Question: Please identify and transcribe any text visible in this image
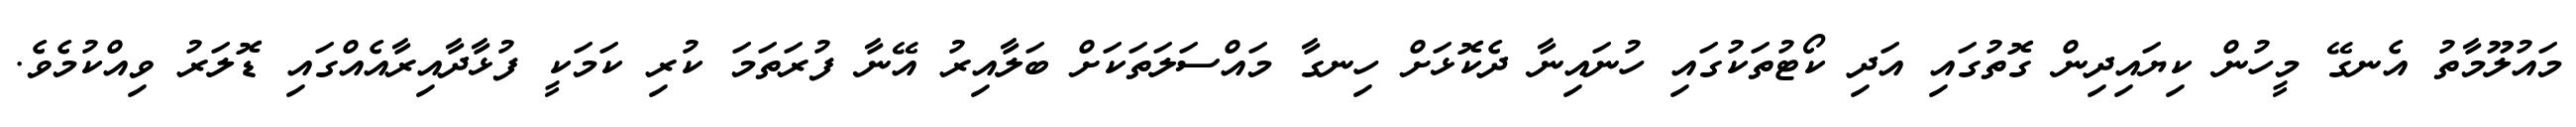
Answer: މައުލޫމާތު އެނގޭ މީހުން ކިޔައިދިން ގޮތުގައި އަދި ކޯޓުތަކުގައި ހުނައިނާ ދެކޮޅަށް ހިނގާ މައްސަލަތަކަށް ބަލާއިރު އޭނާ ފުރަތަމަ ކުރި ކަމަކީ ފުޅާދާއިރާއެއްގައި ޑޮލަރު ވިއްކުމެވެ.